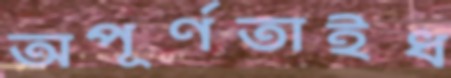
অপূর্ণতাইধ